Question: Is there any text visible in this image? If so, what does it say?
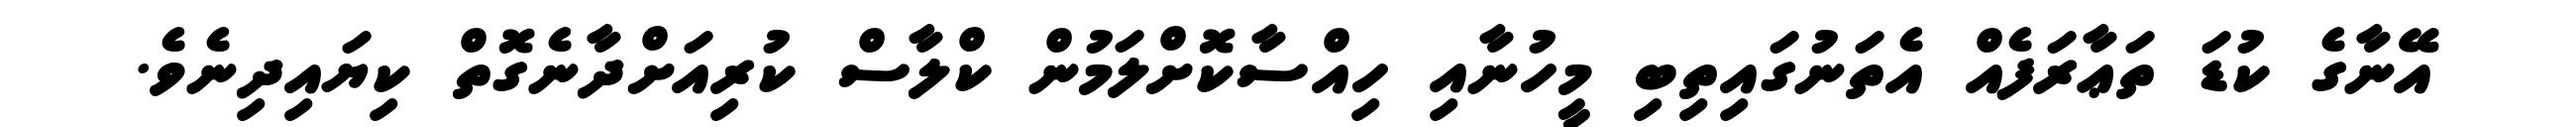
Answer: އޭނާގެ ކުޑަ ތަޢާރަފެއް އެތަނުގައިތިބި މީހުނާއި ހިއްސާކޮށްލަމުން ކްލާސް ކުރިއަށްދާނެގޮތް ކިޔައިދިނެވެ.